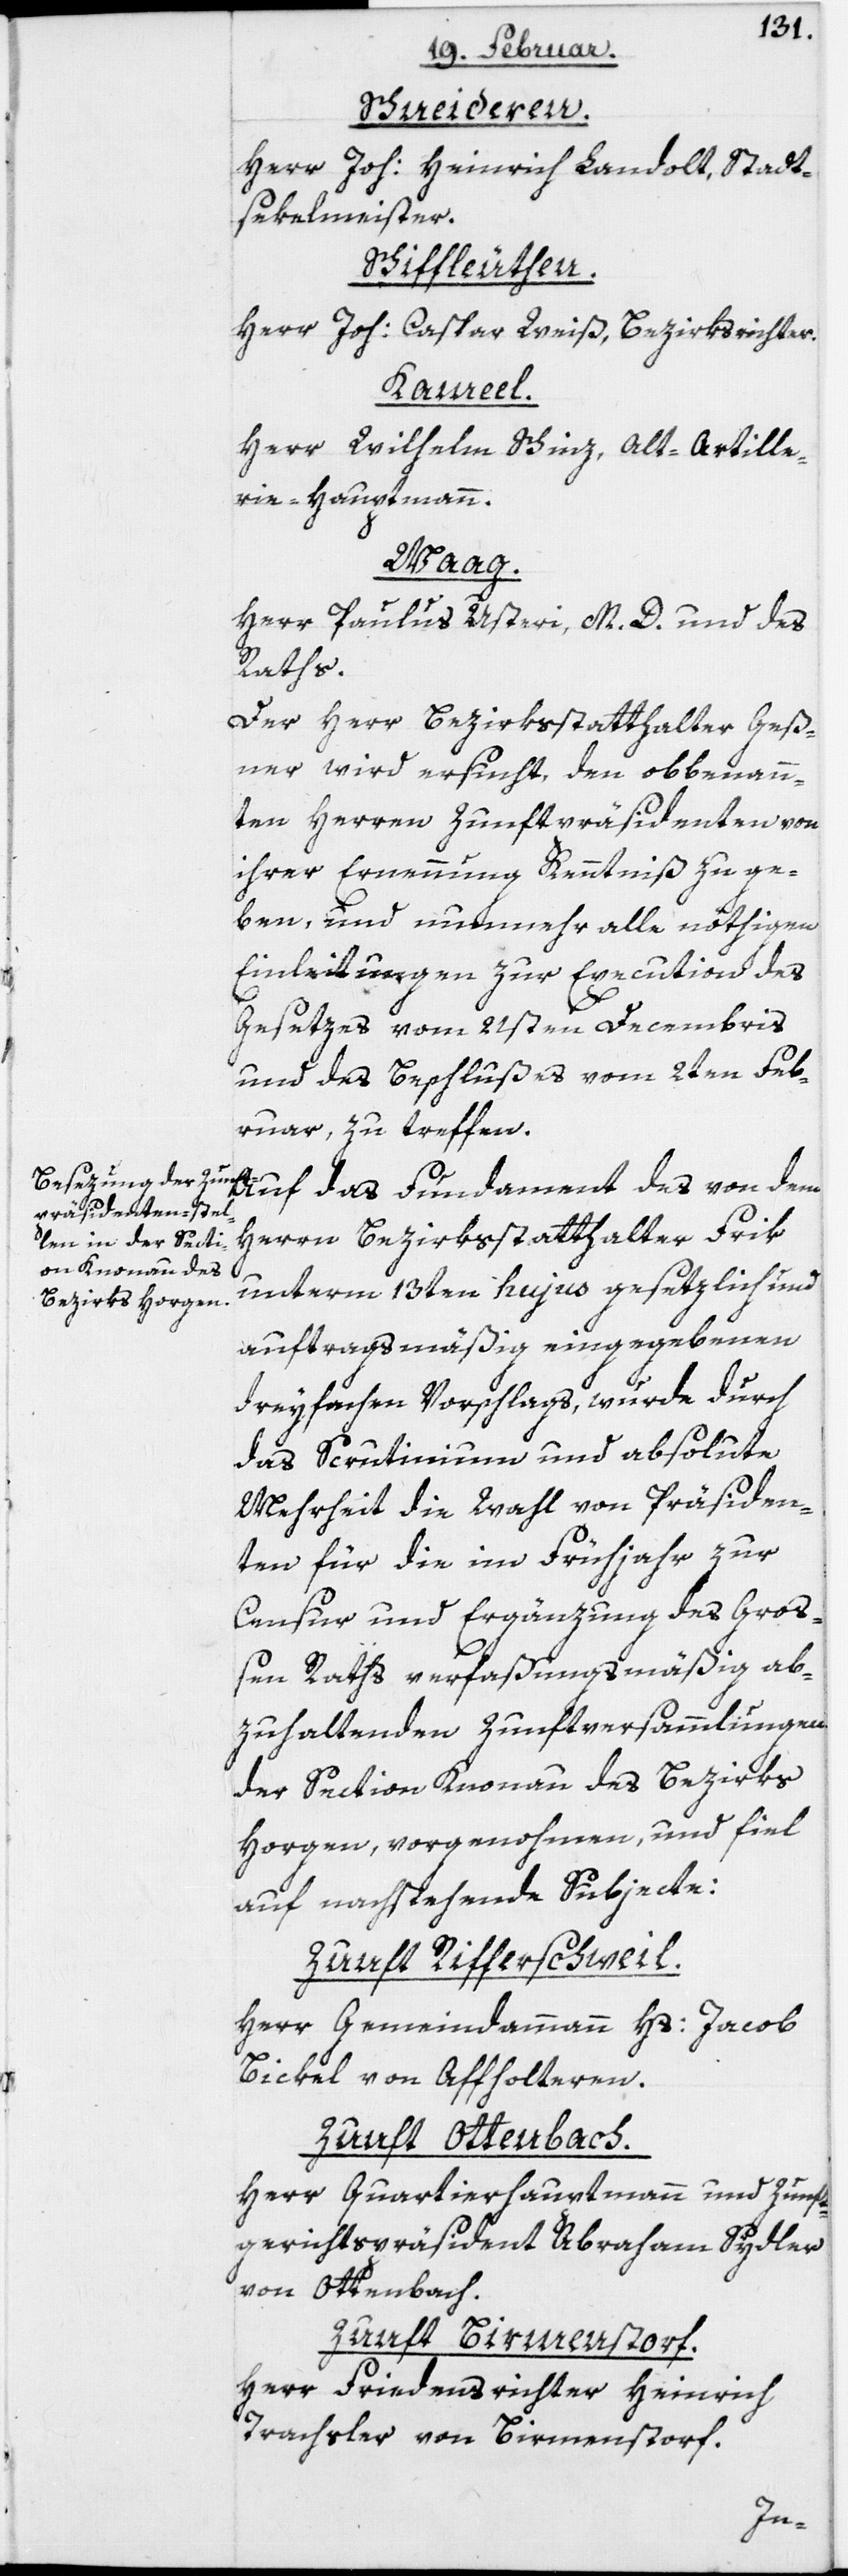
Schneideren.
Herr Joh: Heinrich Landolt, Stadt¬
sekelmeister.
Schiffleuthen.
Herr Joh: Caspar Weiß, Bezirksrichter.
Kameel.
Herr Wilhelm Schinz, Alt-Artille¬
rie-Hauptmann.
Waag.
Herr Paulus Usteri, M. D. und des
Raths.
Der Herr Bezirksstatthalter Geß¬
ner wird ersucht, den obbenann¬
ten Herren Zunftpräsidenten von
ihrer Ernennung Kenntniß zu ge¬
ben, und nunmehr alle nöthigen
Einleitungen zur Execution des
Gesetzes vom 21sten Decembris
und des Beschlußes vom 2ten Feb¬
ruar, zu treffen.
Auf das Fundament des von dem
Herrn Bezirksstatthalter Frik
unterm 13ten hujus gesetzlich und
auftragsmäßig eingegebenen
dreyfachen Vorschlags, wurde durch
das Scrutinium und absolute
Mehr die Wahl von Präsiden¬
ten für die im Frühjahr zur
Censur und Ergänzung des Groß¬
en Raths verfaßungsmäßig ab¬
zuhaltenden Zunftversammlungen
der Section Knonau des Bezirks
Horgen, vorgenohmen, und fiel
auf nachstehende Subjecte:
Zunft Rifferschweil.
Herr Gemeindammann Hs: Jacob
Bickel von Affholteren.
Zunft Ottenbach.
Herr Quartierhauptmann und Zunft¬
gerichtspräsident Abraham Sydler
von Ottenach.
Zunft Birmenstorf.
Herr Friedensrichter Heinrich
Trachsler von Birmenstorf.